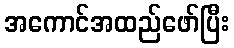
အကောင်အထည်ဖော်ပြီး